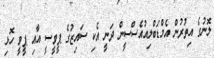
ލޮނުގެ އިތުރުން އެމްޑަބްލިއުއެސްސީން ދަނީ އެކި ސައިޒުގެ ޕީވީސީ އާއި ޕީވީ ހޮޅި